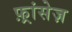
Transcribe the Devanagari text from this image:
फ़्रांसेज़